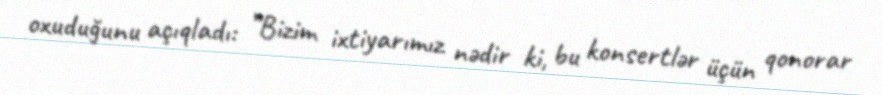
oxuduğunu açıqladı: ”Bizim ixtiyarımız nədir ki, bu konsertlər üçün qonorar